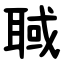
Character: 聝